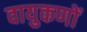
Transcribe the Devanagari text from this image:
वायुकणों